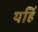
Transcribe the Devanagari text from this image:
यहिं